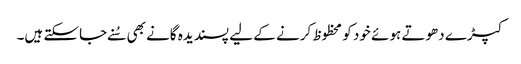
کپڑے دھوتے ہوئے خود کو محظوظ کرنے کے لیے پسندیدہ گانے بھی سُنے جاسکتے ہیں۔